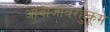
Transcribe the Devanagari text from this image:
आवाजाबरहुकूम